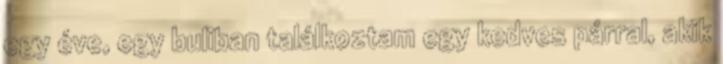
egy éve, egy buliban találkoztam egy kedves párral, akik